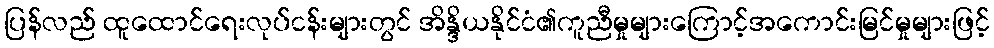
ပြန်လည် ထူထောင်ရေးလုပ်ငန်းများတွင် အိန္ဒိယနိုင်ငံ၏ကူညီမှုများကြောင့်အကောင်းမြင်မှုများဖြင့်